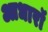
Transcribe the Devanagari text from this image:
आधारॉ